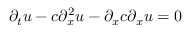
\partial _ { t } u - c \partial _ { x } ^ { 2 } u - \partial _ { x } c \partial _ { x } u = 0